Vaccine operations Central Provinces 1886-1899 - 1886-1899
Year: 1886
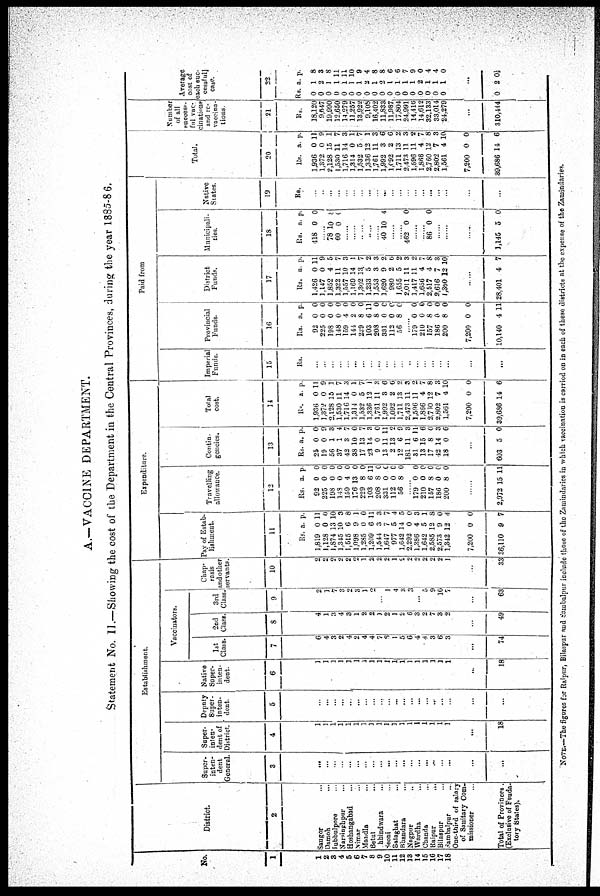
A.-VACCINE DEPARTMENT.
Statement No. II.—Showing the cost of the Department in the Central Provinces, during the year 1885-86.
No.
1
1
2
3
4
6
6
7 8
9
10
11
12
18
14
15
16
17
18
District.
2
Saugor ...
Damoh ...
Jubbulpore ...
Narsinghpur ...
Hoshangabad ...
Nimar ...
Mandla ...
Betul ...
Chhindwara ...
Seoni ...
Balaghat ...
Bhandara ...
Nagpur
..
Wardha ...
Chanda
...
Raipur
...
Bilaspur ...
Sambalpur ...
One-third of salary
of Sanitary Com-
missioner
Total of Provinces.
(Exclusive of Feuda¬
tory States).
Establishment.
Super-
inten-
dent
General.
3
...
...
...
...
...
...
...
...
...
...
...
...
...
...
...
...
...
...
...
...
Super-
inten-
dent of
District.
4
1
1
1
1
1
1
1
1
1
1
1
1
1
1
1
1
1
1
...
18
Deputy
Super-
inten-
dent.
5
...
...
...
...
...
...
...
...
...
...
...
...
...
...
...
...
...
...
...
...
Native
Super¬
inten¬
dent.
6
1
1
1
1
1
1
1
1
1
1
1
1
1
1
1
1
1
1
...
18
Vaccinators.
1st
Class.
7
6
4
3
2
4
2
4
4
7
6
1
5
6
4
4
3
6
3
...
74
2nd
Class.
8
4
1
3
4
2
1
2
2
1
2
1
2
6
3
2
7
3
2
...
49
3rd
Class.
9
2
1
7
3
2
3
1
2
...
1
4
3
3
...
5
9
10
7
...
63
Chap-
rasis
and other
servants.
10
2
2
2
2
2
2
1
2
2
2
1
2
2
0
2
2
2
1
...
33
Expenditure.
Pay of Estab-
lishment.
11
Rs.
1,819
1,128
1,874
1,345
1,515
1,098
1,285
1,209
1,544
1,647
977
1,642
2,292
1,386
1,642
2,585
2,573
1,342
7,200
36,110
a.
0
0
13
10
6
9
0
6
3
7
5
14
0
4
5
12
9
12
0
9
p.
11
0
10
3
8
1
0
11
3
7
4
5
0
3
1
8
0
4
0
7
Travelling
allowance.
12
Rs.
92
225
198
148
159
176
229
103
208
331
112
56
a.
0
0
0
0
4
13
8
6
8
0
0
8
p.
0
0
0
0
0
0
0
11
0
0
0
0
......
179
210
157
186
200
0
0
8
0
8
0
0
0
0
0
......
2,972 15 11
Contin-
gencies.
13
Rs.
25
19
56
37
42
38
17
23
9
13
2
12
181
31
13
17
42
18
a.
0
0
1
1
3
10
13
14
0
11
13
6
11
6
15
8
14
0
p.
0
9
3
4
7
0
7
3
0
11
2
9
3
11
6
0
3
6
...
603 5 0
Total
cost.
14
Rs.
1,936
1,372
2,128
1,530
1,716
1,314
1,532
1,336
1,761
1,992
1,092
1,711
2,473
1,596
1,866
2,760
2,802
1,561
7,200
39,686
a.
0
0
15
11
14
0
5
12
11
3
2
13
11
11
4
12
7
4
0
14
p.
11
9
1
7
3
1
7
1
3
6
6
2
3
2
7
8
3
10
0
6
Paid from
Imperial
Funds.
15
Rs.
...
...
...
...
...
...
...
...
...
...
..
...
...
...
...
...
...
...
...
...
Provincial
Funds.
16
Rs.
92
225
198
148
159
144
229
103
208
331
112
56
a.
0
0
0
0
4
2
8
6
8
0
0
8
p.
0
0
0
0
0
0
0
11
0
0
0
0
......
179
210
157
186
200
7,200
10,140
0
0
8
0
8
0
4
0
0
0
0
0
0
11
District
Funds.
17
Rs.
1,426
1,147
1,852
1,322
1,557
1,169
1,302
1,233
1,553
1,620
980
1,655
2,011
1,417
1,656
2,517
2,616
1,350
a.
0
0
4
11
10
14
13
5
3
9
2
5
11
11
4
4
7
12
p.
11
9
5
7
3
1
7
2
3
2
6
2
3
2
7
8
3
10
......
28,401 4 7
Municipali-
ties.
18
Rs.
418
a.
0
p.
0
......
78
60
10
0
8
0
......
......
......
......
......
40 10 4
......
......
462 0 0
......
......
86 0 0
......
......
......
1,145 5 0
Native
States.
19
Rs.
...
..
...
...
...
...
...
...
...
...
...
...
...
...
...
...
...
...
...
...
Total.
20
Rs.
1,936
1,372
2,128
1,530
1,716
1,314
1,532
1,336
1,761
1,992
1,092
1,711
3,473
1,596
1,866
2,760
2,802
1,561
7,200
39,686
a.
0
0
15
11
14
0
5
12
11
3
2
13
11
11
4
12
7
4
0
14
p.
11
9
1
7
3
1
7
1
3
6
6
2
3
2
7
8
3
10
0
6
Number
of all
success¬
ful vac-
cinations
and re-
vaccina¬
tions.
21
Rs.
18,120
9,647
19,990
12,650
14,279
11,257
13,922
9,108
16,402
11,833
11,987
17,804
24,991
14,416
14,612
32,133
33,014
24,279
...
310,444
Average
cost of
each suc-
cessfull
case.
22
Rs.
0
0
0
0
0
0
0
0
0
0
0
0
0
0
0
0
0
0
a
1
2
1
1
1
1
1
2
1
2
1
1
1
1
2
1
1
1
p.
8
3
8
11
11
10
9
4
8
8
6
6
7
9
0
4
4
0
...
0 2 0½
NOTE.—The figures for Raipur, Bilaspur and Sambalpur include those of the Zamindaries in which vaccination is carried on in each of these districts at the expense of the Zamindaries.